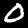
Label: 0